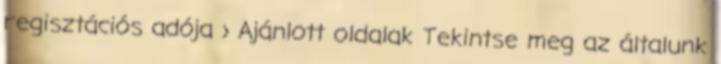
regisztációs adója › Ajánlott oldalak Tekintse meg az általunk